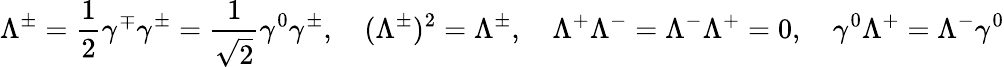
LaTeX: \Lambda^{\pm}={\frac{1}{2}}\gamma^{\mp}\gamma^{\pm}={\frac{1}{\sqrt{2}}}\gamma^{0}\gamma^{\pm},\quad({\Lambda^{\pm}})^{2}={\Lambda^{\pm}},\quad{\Lambda^{+}}\Lambda^{-}=\Lambda^{-}\Lambda^{+}=0,\quad\gamma^{0}\Lambda^{+}=\Lambda^{-}\gamma^{0}